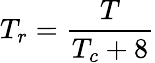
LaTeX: T_{r}={\frac{T}{T_{c}+8}}